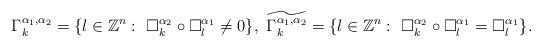
LaTeX: \begin{align*}\Gamma_k^{\alpha_1,\alpha_2}=\{l\in \mathbb{Z}^n:~\Box_k^{\alpha_2}\circ\Box_l^{\alpha_1}\neq 0 \},~ \widetilde{\Gamma_k^{\alpha_1,\alpha_2}}=\{l\in\mathbb{Z}^n:~\Box_k^{\alpha_2}\circ \Box_l^{\alpha_1}=\Box_l^{\alpha_1} \}.\end{align*}